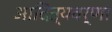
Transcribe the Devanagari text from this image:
आदित्यवर्णा